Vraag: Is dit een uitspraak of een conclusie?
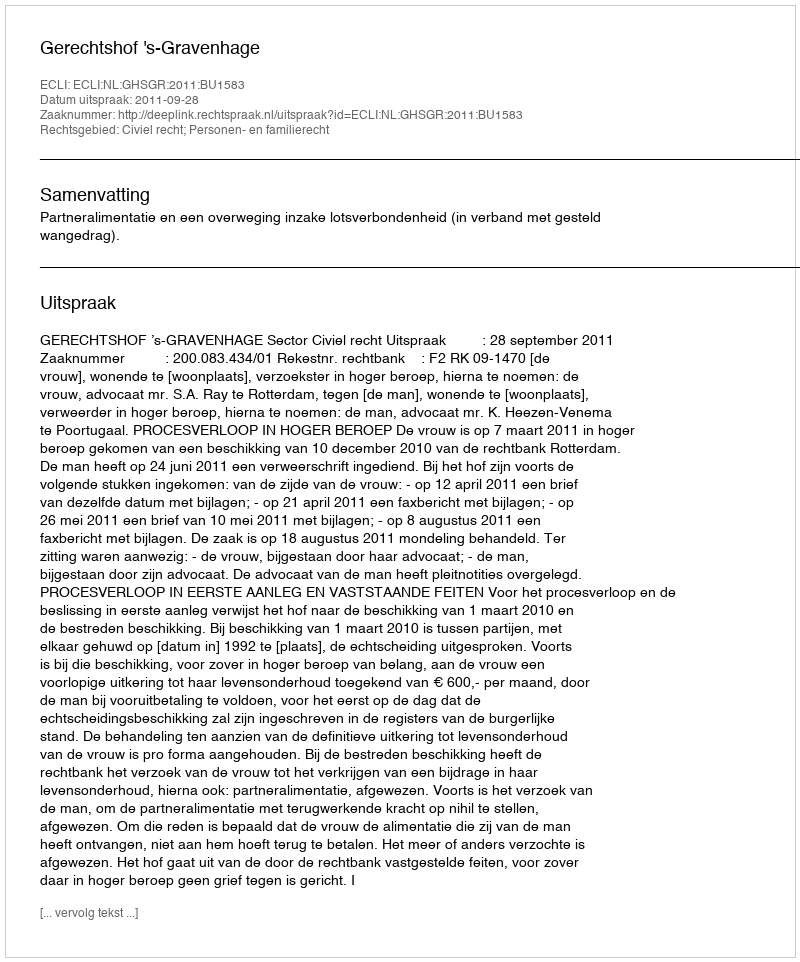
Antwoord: Uitspraak